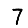
Digit: 7